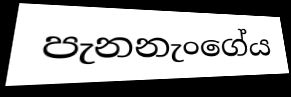
පැනනැංගේය